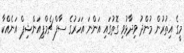
މީގެ އިތުރުން މުންދު ވިދާޅުވި ގޮތުގައި އަންނަ އަހަރުގެ ސާފް ޗެމްޕިއަންޝިޕް އަނެއްކާ